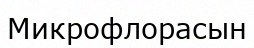
Микрофлорасын